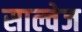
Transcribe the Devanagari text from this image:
साल्वेज